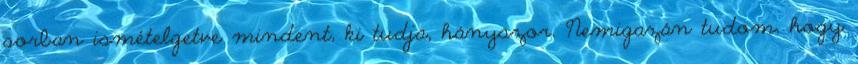
sorban ismételgetve mindent, ki tudja, hányszor. Nemigazán tudom, hogy